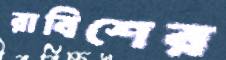
রাবিশের